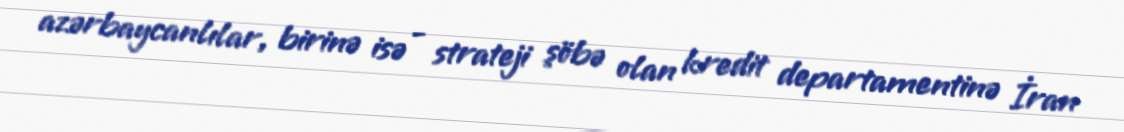
azərbaycanlılar, birinə isə - strateji şöbə olan kredit departamentinə İran